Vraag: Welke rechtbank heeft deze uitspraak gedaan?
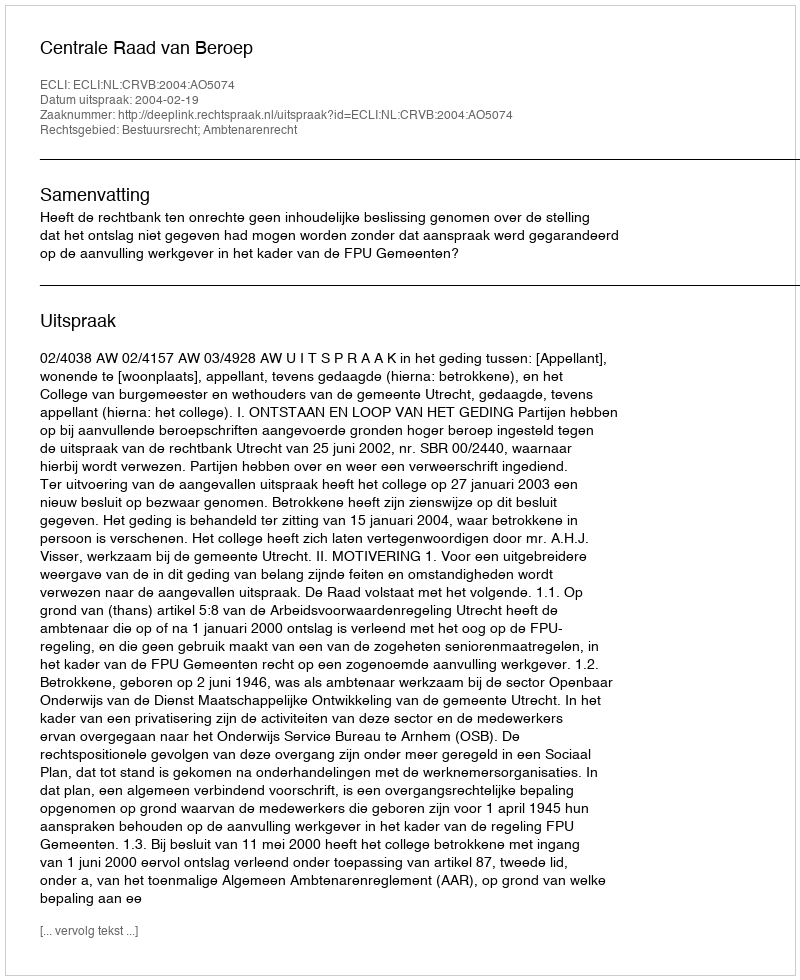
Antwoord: Centrale Raad van Beroep